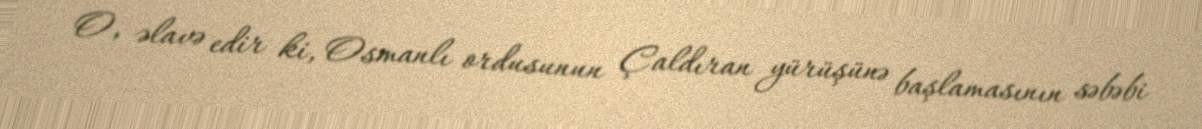
O, əlavə edir ki, Osmanlı ordusunun Çaldıran yürüşünə başlamasının səbəbi